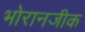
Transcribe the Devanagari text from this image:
भोरानजीक